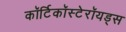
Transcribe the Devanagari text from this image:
कॉर्टिकॉस्टेरॉयड्स